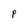
Character: P